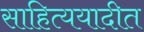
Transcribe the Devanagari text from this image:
साहित्ययादीत